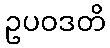
ဥပဝဒတိ